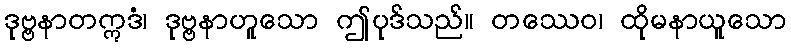
ဒုဗ္ဗနာတဣဒံ၊ ဒုဗ္ဗနာဟူသော ဤပုဒ်သည်။ တဿေဝ၊ ထိုမနာယူသော